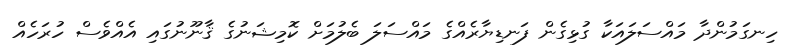
ހިނގަމުންދާ މައްސަލައަކާ ގުޅިގެން ފަނޑިޔާރެއްގެ މައްސަލަ ބެލުމަށް ކޮމިޝަނުގެ ޤާނޫނުގައި އެއްވެސް ހުރަހެއް